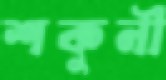
শকুনী